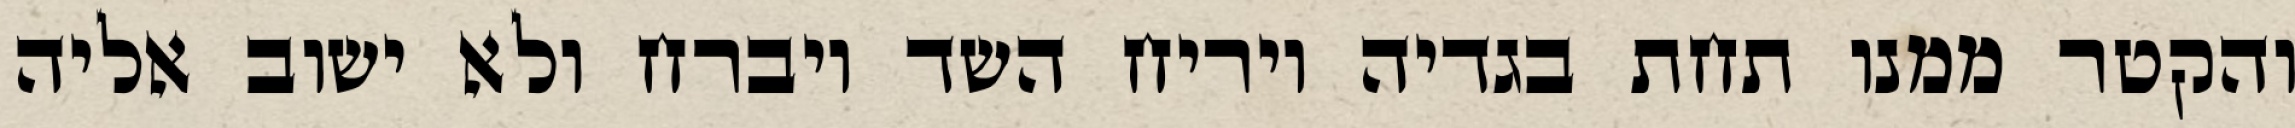
והקטר ממנו תחת בגדיה ויריח השד ויברח ולא ישוב אליה